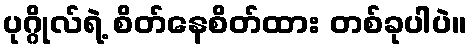
ပုဂ္ဂိုလ်ရဲ့ စိတ်နေစိတ်ထား တစ်ခုပါပဲ။